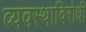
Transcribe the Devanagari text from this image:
व्यवस्थाविरोधी